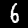
Label: 6